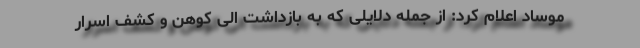
موساد اعلام کرد: از جمله دلایلی که به بازداشت الی کوهن و کشف اسرار